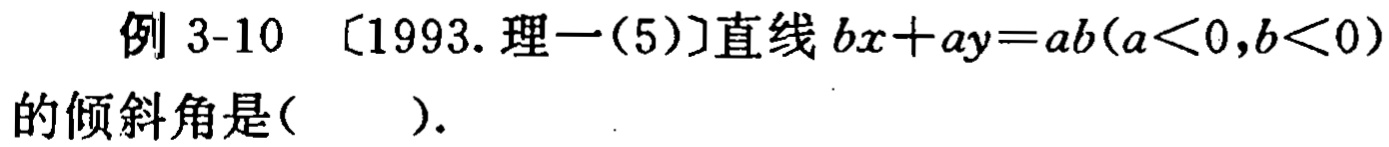
例 3-10 〔1993. 理一(5)〕直线 \(bx + ay = ab(a < 0,b < 0)\)的倾斜角是( ).